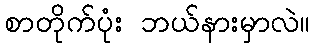
စာတိုက်ပုံး ဘယ်နားမှာလဲ။